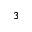
3